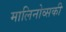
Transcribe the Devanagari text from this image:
मालिनोव्सकी